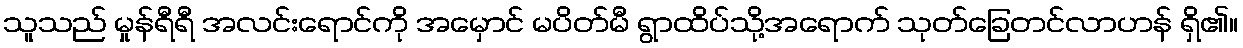
သူသည် မှုန်ရီရီ အလင်းရောင်ကို အမှောင် မပိတ်မီ ရွာထိပ်သို့အရောက် သုတ်ခြေတင်လာဟန် ရှိ၏။